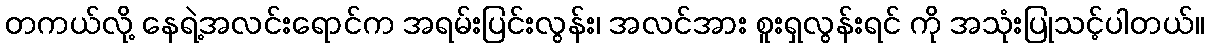
တကယ်လို့ နေရဲ့အလင်းရောင်က အရမ်းပြင်းလွန်း၊ အလင်အား စူးရှလွန်းရင် ကို အသုံးပြုသင့်ပါတယ်။